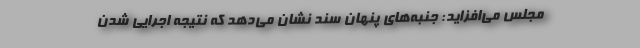
مجلس می‌افزاید: جنبه‌های پنهان سند نشان می‌دهد که نتیجه اجرایی شدن